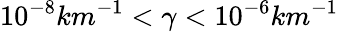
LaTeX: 10^{-8}km^{-1}<\gamma<10^{-6}km^{-1}